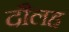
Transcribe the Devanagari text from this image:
दौलह